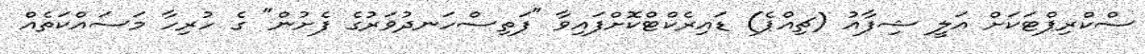
ސްކްރިޕްޓަކަށް އަލީ ޝިފާއު (ޗިއްޕެ) ޑައިރެކްޓްކޮށްފައިވާ "ފަތިސްހަނދުވަރުގެ ފެށުން" ގެ ހުރިހާ މަސައްކަތެއް